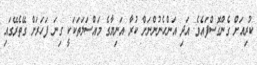
ކުރިއަށް ގެންގޮސްފައެވެ. އަދި އަންހެނުންނަށް ކުރާ އަނިޔާގެ މައްސަލަތަކަކީ ގިނަ ފަހަރަށް ގޭތެރޭގައި